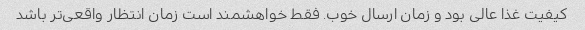
کیفیت غذا عالی بود و زمان ارسال خوب. فقط خواهشمند است زمان انتظار واقعی‌تر باشد